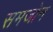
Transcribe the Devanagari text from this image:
समजोन